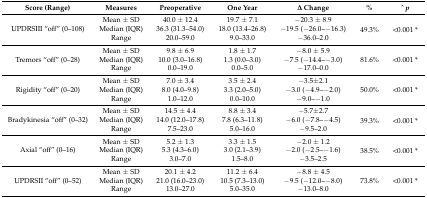
<table><thead><tr><td><b>Score (Range)</b></td><td><b>Measures</b></td><td><b>Preoperative</b></td><td><b>One Year</b></td><td><b>Δ Change</b></td><td><b>%</b></td><td><b>^ <i>p</i></b></td></tr></thead><tbody><tr><td rowspan="3">UPDRSIII “off” (0–108)</td><td>Mean ± SD</td><td>40.0 ± 12.4</td><td>19.7 ± 7.1</td><td>−20.3 ± 8.9</td><td rowspan="3">49.3%</td><td rowspan="3">&lt;0.001 *</td></tr><tr><td>Median (IQR)</td><td>36.3 (31.3–54.0)</td><td>18.0 (13.4–26.8)</td><td>−19.5 (−26.0–−16.3)</td></tr><tr><td>Range</td><td>20.0–59.0</td><td>9.0–33.0</td><td>−36.0–2.0</td></tr><tr><td rowspan="3">Tremors “off” (0–28)</td><td>Mean ± SD</td><td>9.8 ± 6.9</td><td>1.8 ± 1.7</td><td>−8.0 ± 5.9</td><td rowspan="3">81.6%</td><td rowspan="3">&lt;0.001 *</td></tr><tr><td>Median (IQR)</td><td>10.0 (3.0–16.8)</td><td>1.3 (0.0–3.0)</td><td>−7.5 (−14.4–−3.0)</td></tr><tr><td>Range</td><td>0.0–19.0</td><td>0.0–5.0</td><td>−17.0–0.0</td></tr><tr><td rowspan="3">Rigidity “off” (0–20)</td><td>Mean ± SD</td><td>7.0 ± 3.4</td><td>3.5 ± 2.4</td><td>−3.5±2.1</td><td rowspan="3">50.0%</td><td rowspan="3">&lt;0.001 *</td></tr><tr><td>Median (IQR)</td><td>8.0 (4.0–9.8)</td><td>3.3 (2.0–5.0)</td><td>−3.0 (−4.9–−2.0)</td></tr><tr><td>Range</td><td>1.0–12.0</td><td>0.0–10.0</td><td>−9.0–−1.0</td></tr><tr><td rowspan="3">Bradykinesia “off” (0–32)</td><td>Mean ± SD</td><td>14.5 ± 4.4</td><td>8.8 ± 3.4</td><td>−5.7±2.7</td><td rowspan="3">39.3%</td><td rowspan="3">&lt;0.001 *</td></tr><tr><td>Median (IQR)</td><td>14.0 (12.0–17.8)</td><td>7.8 (6.3–11.8)</td><td>−6.0 (−7.8–−4.5)</td></tr><tr><td>Range</td><td>7.5–23.0</td><td>5.0–16.0</td><td>−9.5–2.0</td></tr><tr><td rowspan="3">Axial “off” (0–16)</td><td>Mean ± SD</td><td>5.2 ± 1.3</td><td>3.3 ± 1.5</td><td>−2.0 ± 1.2</td><td rowspan="3">38.5%</td><td rowspan="3">&lt;0.001 *</td></tr><tr><td>Median (IQR)</td><td>5.3 (4.3–6.0)</td><td>3.0 (2.1–3.9)</td><td>−2.0 (−2.5–−1.6)</td></tr><tr><td>Range</td><td>3.0–7.0</td><td>1.5–8.0</td><td>−3.5–2.5</td></tr><tr><td rowspan="3">UPDRSII “off” (0–52)</td><td>Mean ± SD</td><td>20.1 ± 4.2</td><td>11.2 ± 6.4</td><td>−8.8 ± 4.5</td><td rowspan="3">73.8%</td><td rowspan="3">&lt;0.001 *</td></tr><tr><td>Median (IQR)</td><td>21.0 (16.0–23.0)</td><td>10.5 (7.3–13.0)</td><td>−9.5 (−12.0–−8.0)</td></tr><tr><td>Range</td><td>13.0–27.0</td><td>5.0–35.0</td><td>−13.0–8.0</td></tr></tbody></table>